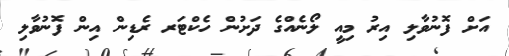
އަށް ފޮނުވާލި އިރު މިއީ ލޯނެއްގެ ދަށުން ހެކްޓަރ ރެޑިން އިން ފޮނުވާލި